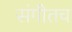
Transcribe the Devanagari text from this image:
संगीतच